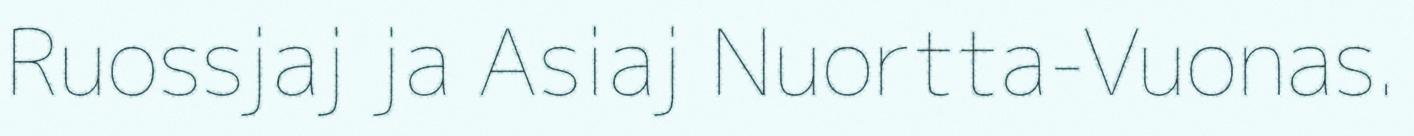
Ruossjaj ja Asiaj Nuortta-Vuonas.